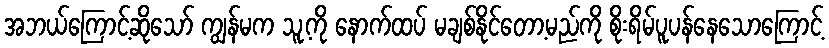
အဘယ်ကြောင့်ဆိုသော် ကျွန်မက သူ့ကို နောက်ထပ် မချစ်နိုင်တော့မည်ကို စိုးရိမ်ပူပန်နေသောကြောင့်